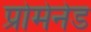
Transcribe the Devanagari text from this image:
प्रोमेनेड